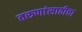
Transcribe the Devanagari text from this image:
तरुणांसाठीचा